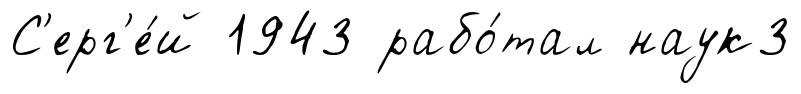
С'ерг'е́й 1943 рабо́тал наук3